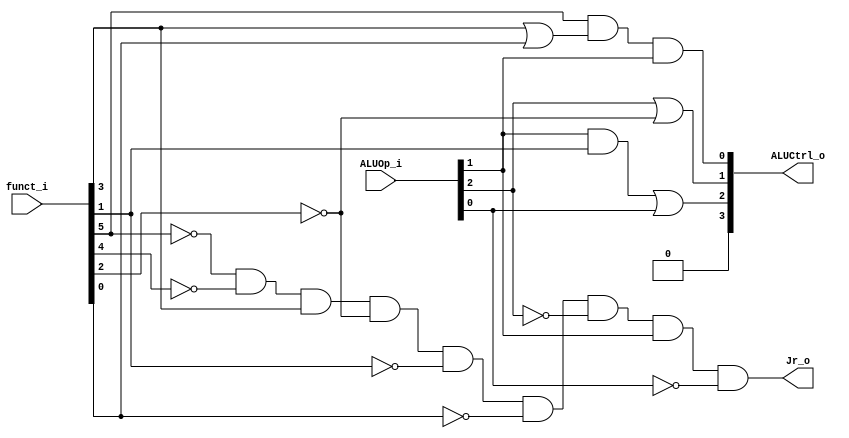
//Student ID: 0310020
//Subject:     CO project 2 - ALU Controller
//--------------------------------------------------------------------------------
//Version:     1
//--------------------------------------------------------------------------------
//Writer:      
//----------------------------------------------
//Date:        
//----------------------------------------------
//Description: 
//--------------------------------------------------------------------------------

module ALU_Ctrl(
          funct_i,
          ALUOp_i,
          ALUCtrl_o,
		  Jr_o
          );
          
//I/O ports 
input      [6-1:0] funct_i;
input      [3-1:0] ALUOp_i;

output     [4-1:0] ALUCtrl_o;    
output  		   Jr_o;
     
//Internal Signals
reg        [4-1:0] ALUCtrl_o;
reg 			   Jr_o;
//Parameter

wire 			   Jr;
assign Jr = ~funct_i[5] & ~funct_i[4] & funct_i[3] & ~funct_i[2] & ~funct_i[1] & ~funct_i[0];
       
//Select exact operation
always@(funct_i, ALUOp_i)begin
  ALUCtrl_o[3] <= 1'b0;
  ALUCtrl_o[2] <= ( ALUOp_i[1] &  funct_i[1] ) | ALUOp_i[0];
  ALUCtrl_o[1] <=   ALUOp_i[2] | ~funct_i[2];
  ALUCtrl_o[0] <= funct_i[5] & ( funct_i[3] |  funct_i[0] ) & ALUOp_i[1];
  Jr_o <= Jr & ~ALUOp_i[2] & ALUOp_i[1] & ~ALUOp_i[0];
end
endmodule